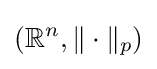
(\mathbb {R} ^{n},\|\cdot \|_{p})